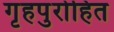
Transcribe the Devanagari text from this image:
गृहपुरोहित